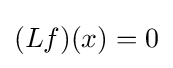
(Lf)(x)=0